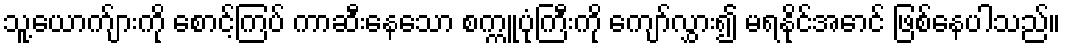
သူ့ယောက်ျားကို စောင့်ကြပ် ကာဆီးနေသော စက္ကူပုံကြီးကို ကျော်လွှား၍ မရနိုင်အောင် ဖြစ်နေပါသည်။